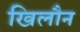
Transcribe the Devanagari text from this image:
खिलौन